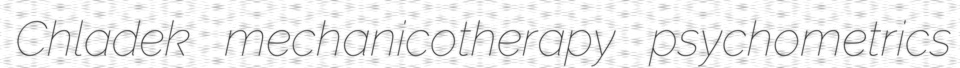
Chladek mechanicotherapy psychometrics